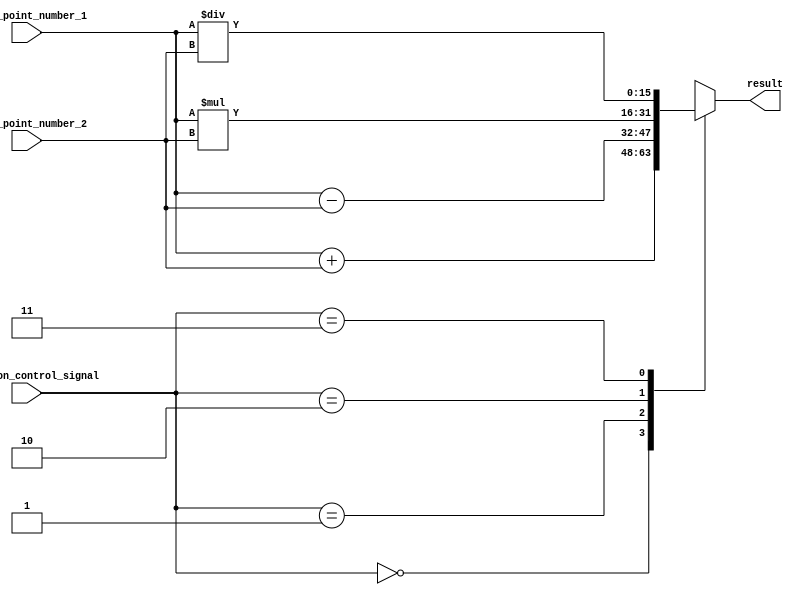
module fixed_point_rounding_unit (
    input [15:0] fixed_point_number_1,
    input [15:0] fixed_point_number_2,
    input [1:0] operation_control_signal, // 00: addition, 01: subtraction, 10: multiplication, 11: division
    output reg [15:0] result
);

always @(operation_control_signal or fixed_point_number_1 or fixed_point_number_2) begin
    case (operation_control_signal)
        2'b00: result = fixed_point_number_1 + fixed_point_number_2; // Addition
        2'b01: result = fixed_point_number_1 - fixed_point_number_2; // Subtraction
        2'b10: result = fixed_point_number_1 * fixed_point_number_2; // Multiplication
        2'b11: result = fixed_point_number_1 / fixed_point_number_2; // Division
    endcase
end

endmodule